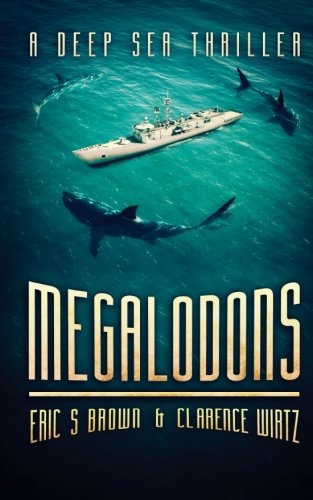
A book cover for Megalodons: A Deep Sea Thriller; Eric S. Brown; Literature & Fiction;